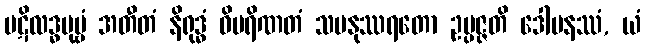
ပဋိလဒ္ဓပုဗ္ဗံ အတီတံ နိရုဒ္ဓံ ဝိပရိဏတံ သမနုဿရတော ဥပ္ပဇ္ဇတိ ဒေါမနဿံ, ယံ